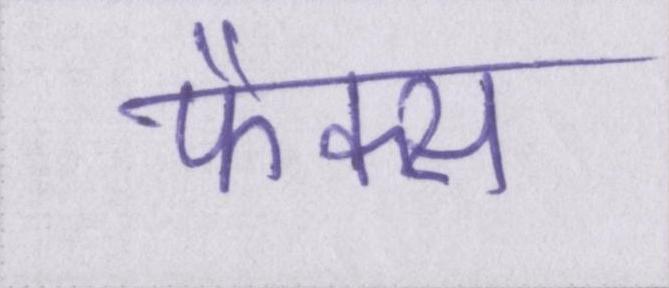
फैक्स